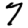
Digit: 7